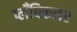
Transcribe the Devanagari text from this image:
प्लँबिकलर